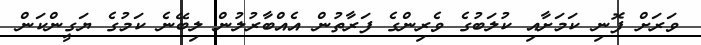
ވަރަށް ފޮނި ކަމަށާއި ކުލަބުގެ ވެރިންގެ ފަރާތުން އެއްބާރުލުން ލިބޭނެ ކަމުގެ ޔަގީންކަން